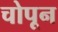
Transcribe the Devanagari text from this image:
चोपून